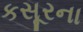
કસૂરના